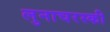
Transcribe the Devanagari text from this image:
लुनाचरस्की